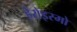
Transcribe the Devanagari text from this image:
हेरोइस्मो